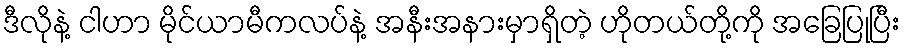
ဒီလိုနဲ့ ငါဟာ မိုင်ယာမီကလပ်နဲ့ အနီးအနားမှာရှိတဲ့ ဟိုတယ်တို့ကို အခြေပြုပြီး